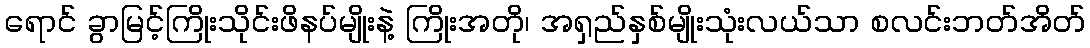
ရောင် ခွာမြင့်ကြိုးသိုင်းဖိနပ်မျိုးနဲ့ ကြိုးအတို၊ အရှည်နှစ်မျိုးသုံးလယ်သာ စလင်းဘတ်အိတ်